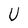
Character: U